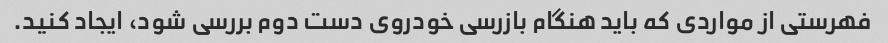
فهرستی از مواردی که باید هنگام بازرسی خودروی دست دوم بررسی شود، ایجاد کنید.